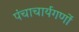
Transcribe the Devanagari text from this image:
पंचाचार्यगणों